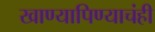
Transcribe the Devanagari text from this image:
खाण्यापिण्याचंही